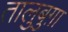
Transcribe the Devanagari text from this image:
तालुबुग़ा